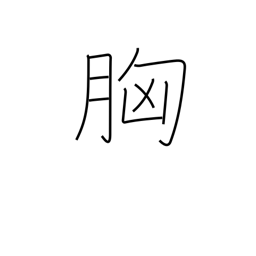
Meaning: breast